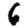
Digit: 6